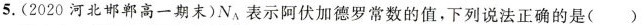
5.(2020河北邯郸高一期末)N_{A}表示阿伏加德罗常数的值，下列说法正确的是()